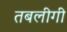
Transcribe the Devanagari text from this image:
तबलीगी